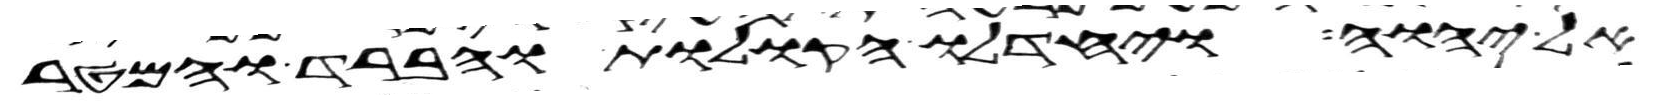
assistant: אל יהוה ויחדלו הקולות והברד והמטר